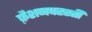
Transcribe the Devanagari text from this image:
फ़ैशनपरस्ती